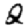
Digit: 2